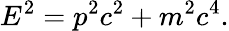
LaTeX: E^{2}=p^{2}c^{2}+m^{2}c^{4}.